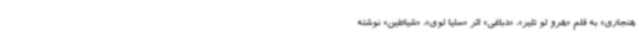
هنجاری» به قلم «هرو لو تلیر»، «دباغی» اثر «سلیا لوی»، «شیاطین» نوشته